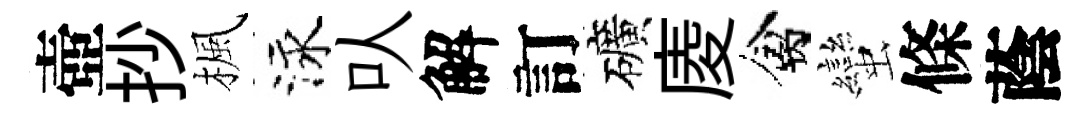
壺抄楓泳㕥解訂礦庱禽蠻條蔭